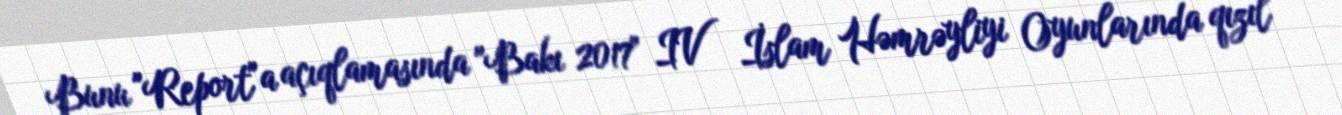
Bunu "Report"a açıqlamasında "Bakı 2017" IV İslam Həmrəyliyi Oyunlarında qızıl